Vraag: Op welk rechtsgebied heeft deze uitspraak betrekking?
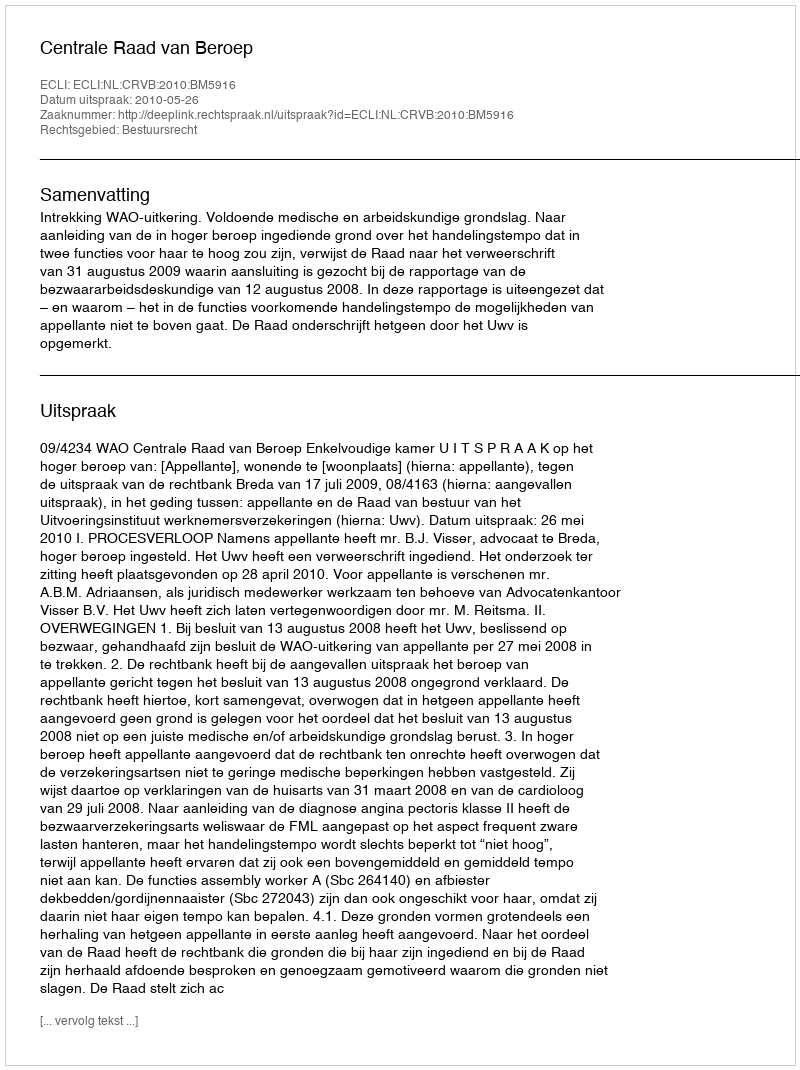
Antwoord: Bestuursrecht